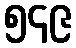
၅၄၉